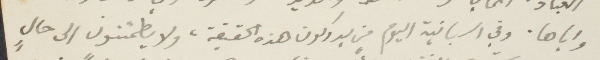
واباها، وفي اسبانية اليوم من يدركون هذا الحقيقة، ولا يطمئنون الى حالٍ